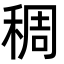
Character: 稠